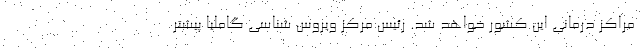
مراکز درمانی این کشور خواهد شد. رئیس مرکز ویروس شناسی گاملیا پیشتر